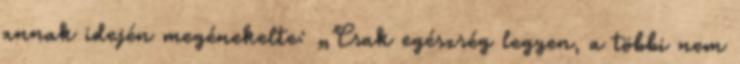
annak idején megénekelte: „Csak egészség legyen, a többi nem